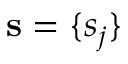
\mathbf { s } = \{ s _ { j } \}